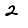
Digit: 2